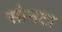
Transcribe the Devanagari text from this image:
सोनटा